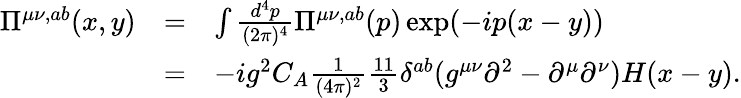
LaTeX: \begin{array}{rll}{{\Pi^{\mu\nu,ab}(x,y)}}&{{=}}&{{\int\frac{d^{4}p}{(2\pi)^{4}}\Pi^{\mu\nu,ab}(p)\exp(-ip(x-y))}}\\ {{}}&{{=}}&{{-ig^{2}C_{A}\frac 1{(4\pi)^{2}}\frac{11}{3}\delta^{ab}(g^{\mu\nu}\partial^{2}-\partial^{\mu}\partial^{\nu})H(x-y).}}\end{array}